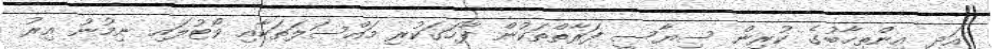
އަދި އިންތިޚާބުގެ ކުރިން ސިޔާސީ ފަރާތްތަކުން ފާހަގަކުރި މައްސަލަތަކާއި ވޯޓުލައި ނިމުނު އިރު